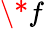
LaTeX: \* f